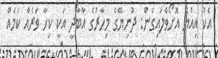
އެކު އިއްޔެ އޮށޯވެލައިގެން: ދުނިޔޭގެ މިހާރުގެ އާބާދީ އަކީ ކިހާ ވަރެއް ކަމެއް